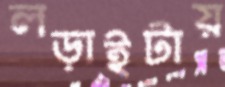
লড়াইটায়